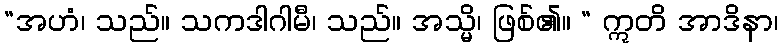
“အဟံ၊ သည်။ သကဒါဂါမီ၊ သည်။ အသ္မိ၊ ဖြစ်၏။ “ ဣတိ အာဒိနာ၊